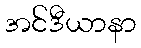
အင်ဒီယာနာ